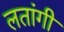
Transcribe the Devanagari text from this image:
लतांगी